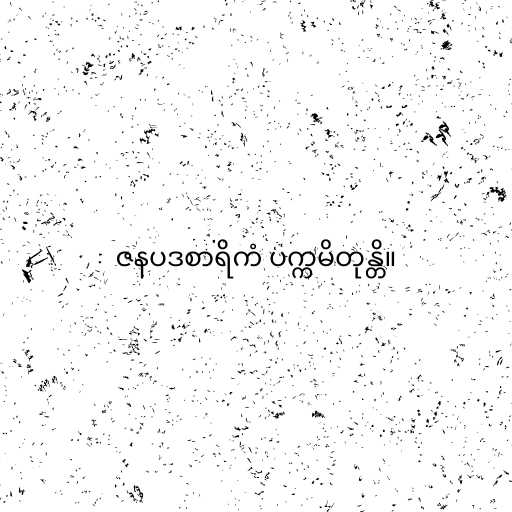
ဇနပဒစာရိကံ ပက္ကမိတုန္တိ။